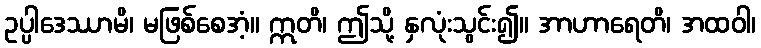
ဥပ္ပါဒေဿာမိ၊ မဖြစ်စေအံ့။ ဣတိ၊ ဤသို့ နှလုံးသွင်း၍။ အာဟာရေတိ၊ အထဝါ၊